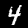
Label: 4